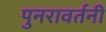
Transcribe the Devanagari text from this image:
पुनरावर्तनी